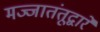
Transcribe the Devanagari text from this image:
मज्जातंतूद्वारे